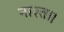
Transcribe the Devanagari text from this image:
नाश्ता।